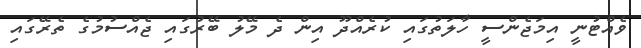
ވެއްޓުނީ އިމަޖެންސީ ހާލަތުގައި ކުރެއްދޫ އިން ދެ މޭލު ބޭރުގައި ޖެއްސުމުގެ ތެރޭގައި